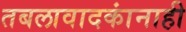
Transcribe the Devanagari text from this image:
तबलावादकांनाही